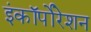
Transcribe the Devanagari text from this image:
इंकॉर्पोरेशन